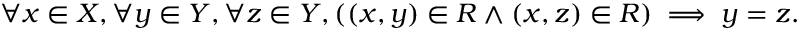
\forall x \in X , \forall y \in Y , \forall z \in Y , ( ( x , y ) \in R \land ( x , z ) \in R ) \implies y = z .